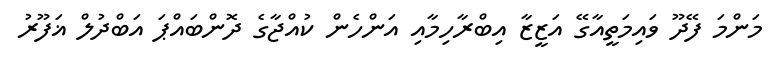
މަންމަ ފޭދޫ ވައިމަތީއާގޭ އަޒީޒާ އިބްރާހިމާއި އަންހެން ކުއްޖާގެ ދޮންބައްޕަ އަބްދުލް ޣަފޫރު